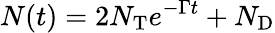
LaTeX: N(t)=2N_{\mathrm{T}}e^{-\Gamma t}+N_{\mathrm{D}}